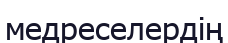
медреселердің